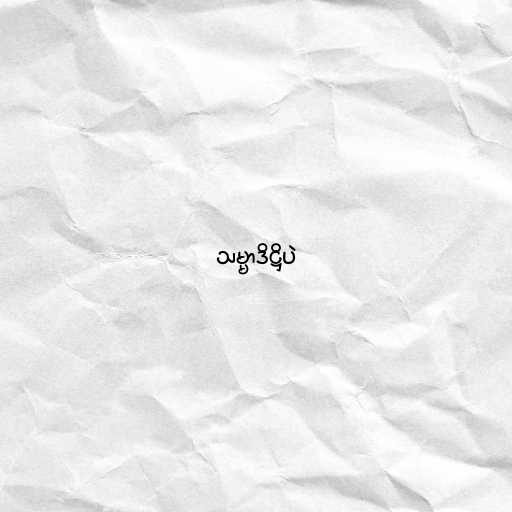
သမ္မာဒိဋ္ဌိပဲ